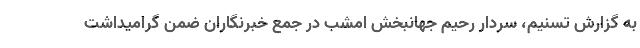
به گزارش تسنیم، سردار رحیم جهانبخش امشب در جمع خبرنگاران ضمن گرامیداشت